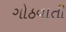
ગોઠવાતી